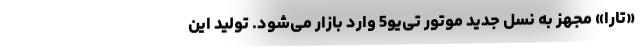
«تارا» مجهز به نسل جدید موتور تی‌یو5 وارد بازار می‌شود. تولید این